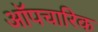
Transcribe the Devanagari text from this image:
ऑपचारिक